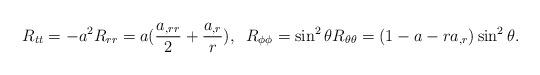
LaTeX: \begin{align*}R_{tt}=-a^2R_{rr}=a(\frac{a_{,rr}}{2}+\frac{a_{,r}}{r}),\;\;R_{\phi\phi}=\sin^2\theta R_{\theta\theta}=(1-a-ra_{,r})\sin^2\theta.\end{align*}